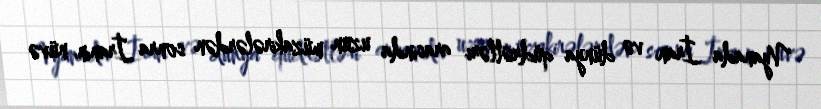
Vyanada İran və dünya qüdrətləri arasında uzun müzakirələrdən sonra İranın nüvə